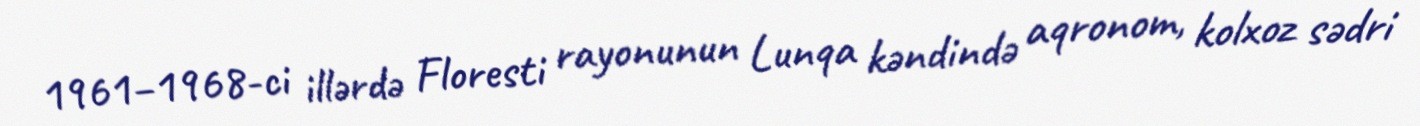
1961–1968-ci illərdə Floresti rayonunun Lunqa kəndində aqronom, kolxoz sədri